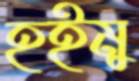
হইমু